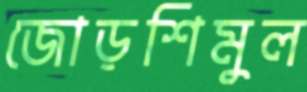
জোড়শিমুল